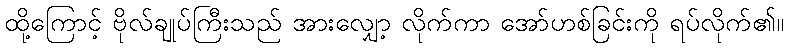
ထို့ကြောင့် ဗိုလ်ချုပ်ကြီးသည် အားလျှော့ လိုက်ကာ အော်ဟစ်ခြင်းကို ရပ်လိုက်၏။